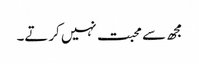
مجھ سے محبت نہیں کرتے۔